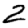
Digit: 2